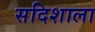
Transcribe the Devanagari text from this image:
सदिशाला